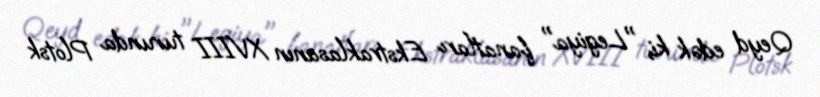
Qeyd edək ki, "Legiya" fanatları Ekstraklasanın XVIII turunda Plotsk